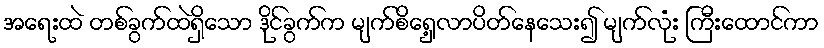
အရေးထဲ တစ်ခွက်ထဲရှိသော ဒိုင်ခွက်က မျက်စိရှေ့လာပိတ်နေသေး၍ မျက်လုံး ကြီးထောင်ကာ